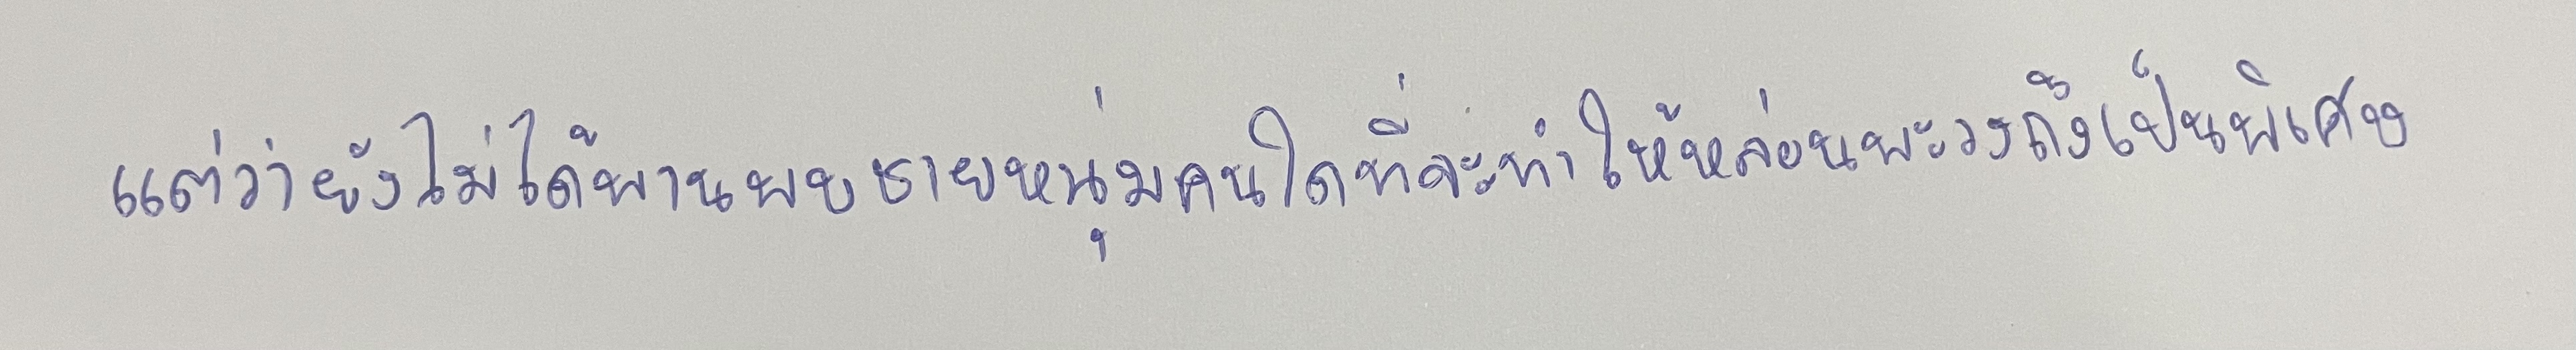
แต่ว่ายังไม่ได้พานพบชายหนุ่มคนใดที่จะทำให้หล่อนพะวงถึงเป็นพิเศษ